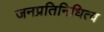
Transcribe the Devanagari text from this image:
जनप्रतिनिधित्व